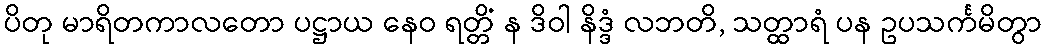
ပိတု မာရိတကာလတော ပဋ္ဌာယ နေဝ ရတ္တိံ န ဒိဝါ နိဒ္ဒံ လဘတိ, သတ္ထာရံ ပန ဥပသင်္ကမိတွာ